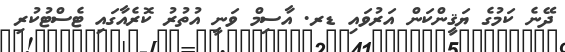
ދޭނެ ކަމުގެ ޔަޤީންކަން އަރުވައި ޑރ. އާސިމް ވަނީ އުތުރު ކޮރެއާގައި ޓެސްޓުކުރި